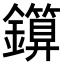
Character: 𨮰